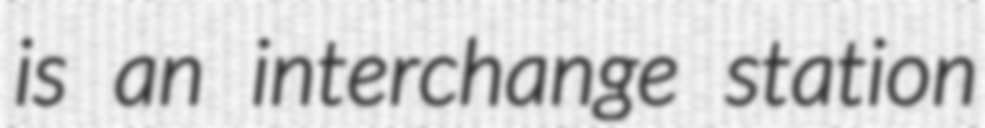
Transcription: is an interchange station